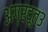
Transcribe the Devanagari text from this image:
अग्रदूत३